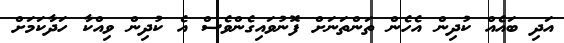
އަދި ބައެއް ކުދިން އެހެން ތަންތަނަށް ފޮނުވައިގެންވެސް އެ ކުދިން ވިއްކާ ހަދާކަމަށް